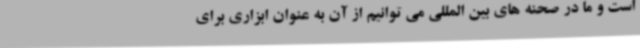
است و ما در صحنه های بین المللی می توانیم از آن به عنوان ابزاری برای